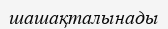
шашақталынады